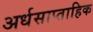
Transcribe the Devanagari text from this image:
अर्धसाप्ताहिक